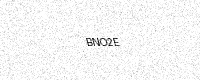
Text: BNO2E